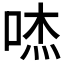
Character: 𱒾